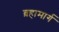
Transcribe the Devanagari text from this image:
ब्रहामार्ग